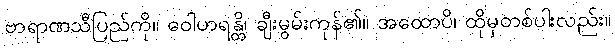
ဗာရာဏသီပြည်ကို။ ဝေါဟရန္တိ၊ ချီးမွမ်းကုန်၏။ အထောပိ၊ ထိုမှတစ်ပါးလည်း။